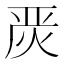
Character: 𭴪